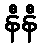
နီနီ